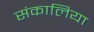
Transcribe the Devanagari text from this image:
संकालिया